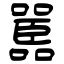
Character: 嚚